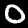
Label: 0